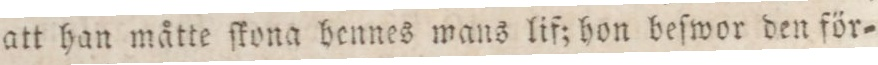
att han måtte ſkona hennes mans lif; hon beſwor den för=